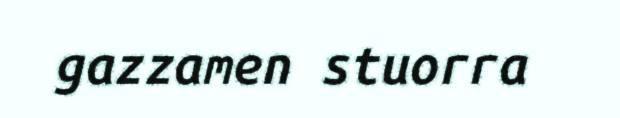
gazzamen stuorra